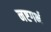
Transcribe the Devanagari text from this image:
नष्टगर्भ